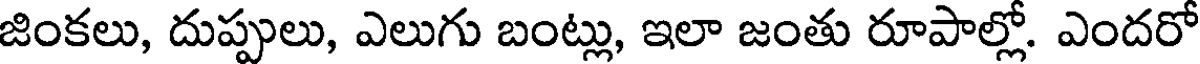
జింకలు, దుప్పులు, ఎలుగు బంట్లు, ఇలా జంతు రూపాల్లో. ఎందరో